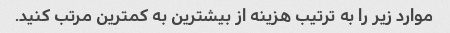
موارد زیر را به ترتیب هزینه از بیشترین به کمترین مرتب کنید.